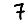
Digit: 7